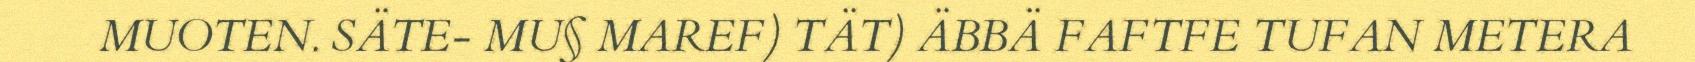
MUOTEN. SÄTE- MU§ MAREF) TÄT) ÄBBÄ FAFTFE TUFAN METERA